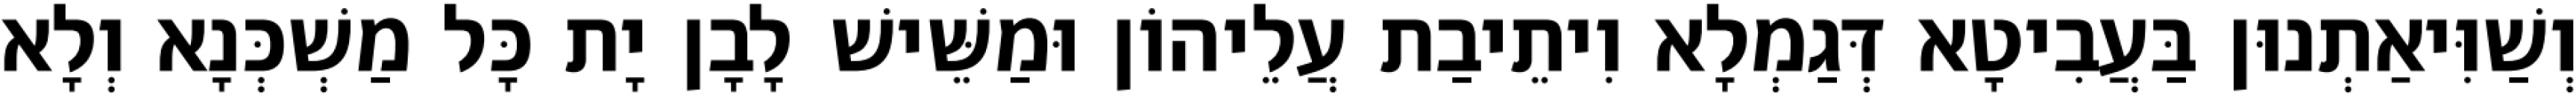
וְשַׁוִּיאַתְנוּן בַּעֲבִיטָא דְּגַמְלָא וִיתֵיבַת עֲלֵיהוֹן וּמַשֵּׁישׁ לָבָן יָת כָּל מַשְׁכְּנָא וְלָא